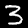
Digit: 3